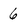
Character: 6